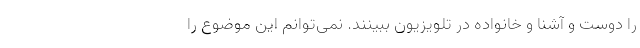
را دوست و آشنا و خانواده در تلویزیون ببینند. نمی‌توانم این موضوع را